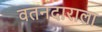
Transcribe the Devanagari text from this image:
वतनदाराला